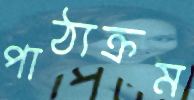
পাঠ্যক্রম